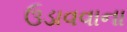
ઉડાવવાના